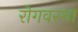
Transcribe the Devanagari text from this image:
रोगवस्था